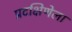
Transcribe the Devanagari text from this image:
प्रदक्षिणेला